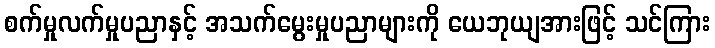
စက်မှုလက်မှုပညာနှင့် အသက်မွေးမှုပညာများကို ယေဘုယျအားဖြင့် သင်ကြား